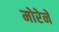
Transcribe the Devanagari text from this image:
मोरेने